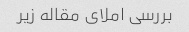
بررسی املای مقاله زیر